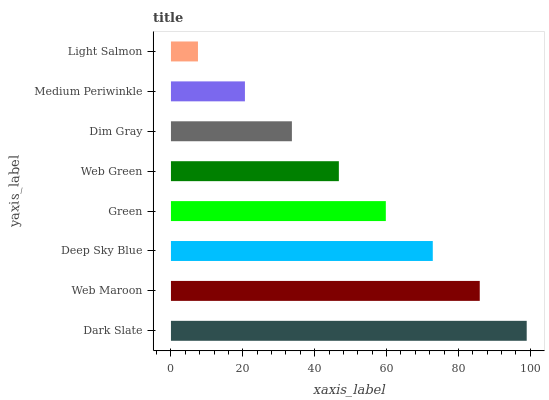
| yaxis_label | bars |
 | --- | --- |
 | Dark Slate | 99 |
 | Web Maroon | 85.9 |
 | Deep Sky Blue | 72.9 |
 | Green | 59.8 |
 | Web Green | 46.7 |
 | Dim Gray | 33.7 |
 | Medium Periwinkle | 20.6 |
 | Light Salmon | 7.52 |